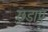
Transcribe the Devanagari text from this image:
छुडाएं